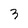
Character: 3